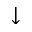
\downarrow